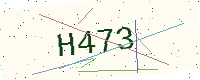
Text: H473